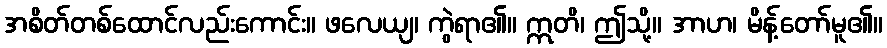
အစိတ်တစ်ထောင်လည်းကောင်း။ ဖလေယျ၊ ကွဲရာ၏။ ဣတိ၊ ဤသို့။ အာဟ၊ မိန့်တော်မူ၏။